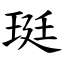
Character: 珽